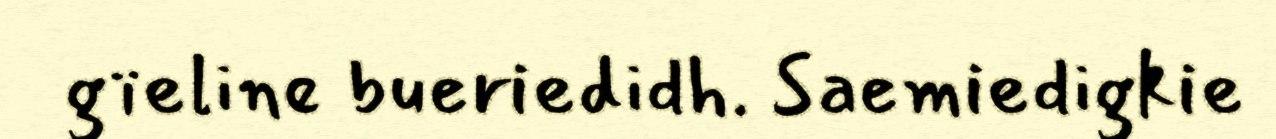
gïeline bueriedidh. Saemiedigkie